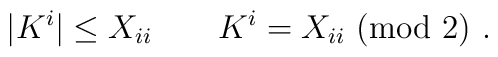
| K^i | \leq  X_{i i} \qquad   K^i  =  X_{i i} \ ({\rm mod } \ 2) \ .